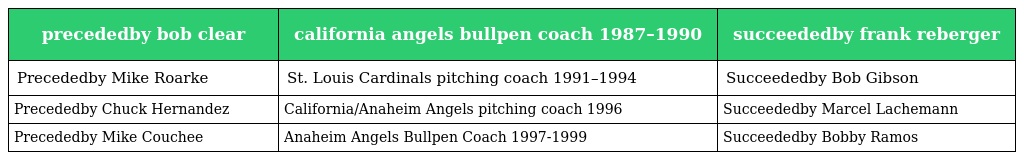
| precededby bob clear | california angels bullpen coach 1987–1990 | succeededby frank reberger |
 | --- | --- | --- |
 | Precededby Mike Roarke | St. Louis Cardinals pitching coach 1991–1994 | Succeededby Bob Gibson |
 | Precededby Chuck Hernandez | California/Anaheim Angels pitching coach 1996 | Succeededby Marcel Lachemann |
 | Precededby Mike Couchee | Anaheim Angels Bullpen Coach 1997-1999 | Succeededby Bobby Ramos |